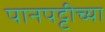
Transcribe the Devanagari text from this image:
पानपट्टीच्या